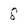
Character: 8